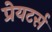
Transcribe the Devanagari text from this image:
प्रेयटर्स